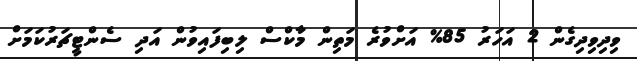
ވިދިވިދިގެން 2 އަހަރު 85% އަށްވުރެ މަތިން މާކްސް ލިބިފައިވުން އަދި ސެންޓީޗަރުކަމަށް